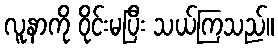
လူနာကို ဝိုင်းမပြီး သယ်ကြသည်။